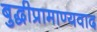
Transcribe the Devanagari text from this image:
बुद्धीप्रामाण्यवाद